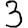
Digit: 3